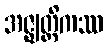
အဇ္ဈတ္တိကဿ